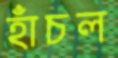
হাঁচল